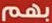
بهم